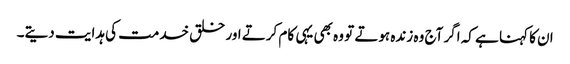
ان کا کہنا ہے کہ اگر آج وہ زندہ ہوتے تو وہ بھی یہی کام کرتے اور خلق خدمت کی ہدایت دیتے۔